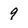
Character: 9